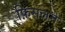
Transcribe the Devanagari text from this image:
फ़िसलने